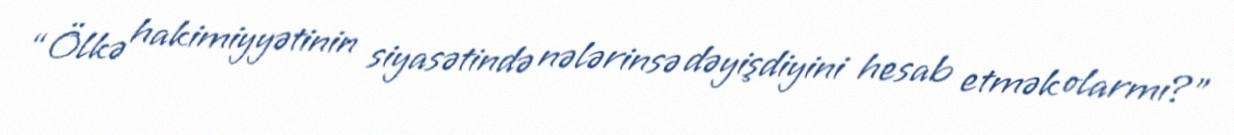
“Ölkə hakimiyyətinin siyasətində nələrinsə dəyişdiyini hesab etmək olarmı?”